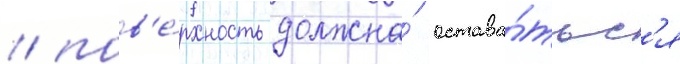
/ пов'е́рхность должна́ остава́тьс'я